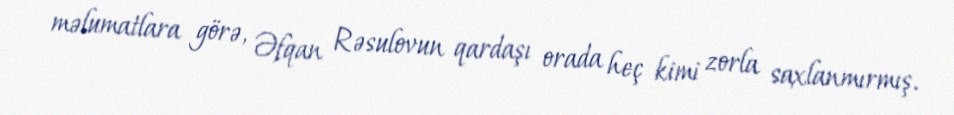
məlumatlara görə, Əfqan Rəsulovun qardaşı orada heç kimi zorla saxlanmırmış.